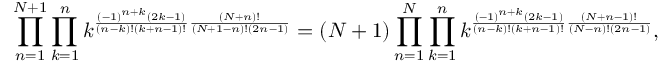
\prod _ { n = 1 } ^ { N + 1 } \prod _ { k = 1 } ^ { n } k ^ { \frac { \left( - 1 \right) ^ { n + k } \left( 2 k - 1 \right) } { \left( n - k \right) ! \left( k + n - 1 \right) ! } \frac { \left( N + n \right) ! } { \left( N + 1 - n \right) ! \left( 2 n - 1 \right) } } = \left( N + 1 \right) \prod _ { n = 1 } ^ { N } \prod _ { k = 1 } ^ { n } k ^ { \frac { \left( - 1 \right) ^ { n + k } \left( 2 k - 1 \right) } { \left( n - k \right) ! \left( k + n - 1 \right) ! } \frac { \left( N + n - 1 \right) ! } { \left( N - n \right) ! \left( 2 n - 1 \right) } } ,